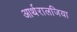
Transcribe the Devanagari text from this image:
आर्थरालजिया